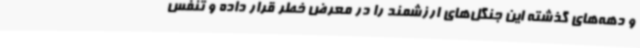
و دهه‌های گذشته این جنگل‌های ارزشمند را در معرض خطر قرار داده و تنفس